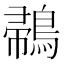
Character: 𪂪